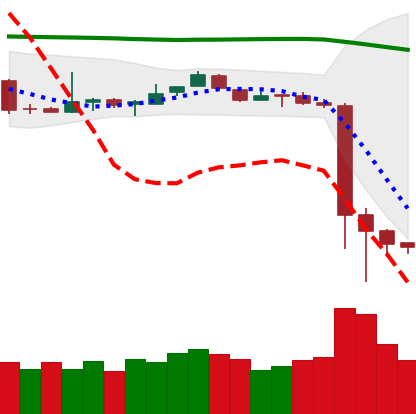
Ticker: BTC-USD
Chart end date: 2018-11-17
Forward return: -21.396%
Label: down_7plus